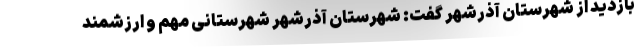
بازدید از شهرستان آذرشهر گفت: شهرستان آذرشهر شهرستانی مهم و ارزشمند